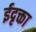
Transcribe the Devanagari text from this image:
ईदृक्ता